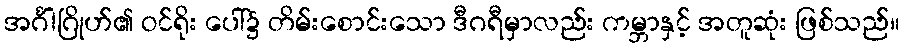
အင်္ဂါဂြိုဟ်၏ ဝင်ရိုး ပေါ်၌ တိမ်းစောင်းသော ဒီဂရီမှာလည်း ကမ္ဘာနှင့် အတူဆုံး ဖြစ်သည်။